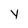
Character: y